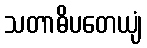
သတာဓိပတေယျံ